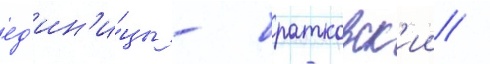
ед'ин'и́цы - братковск'ии /